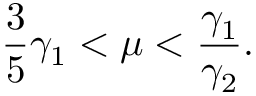
\frac { 3 } { 5 } \gamma _ { 1 } < \mu < \frac { \gamma _ { 1 } } { \gamma _ { 2 } } .